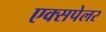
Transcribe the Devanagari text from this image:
एक्सपेलर